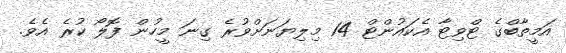
އަމީތާބްގެ ޓްވިޓާ އެކައުންޓް 14 މިލިޔަނަށްވުރެ ގިނަ މީހުން ފޮލޯ ކުރެ އެވެ.